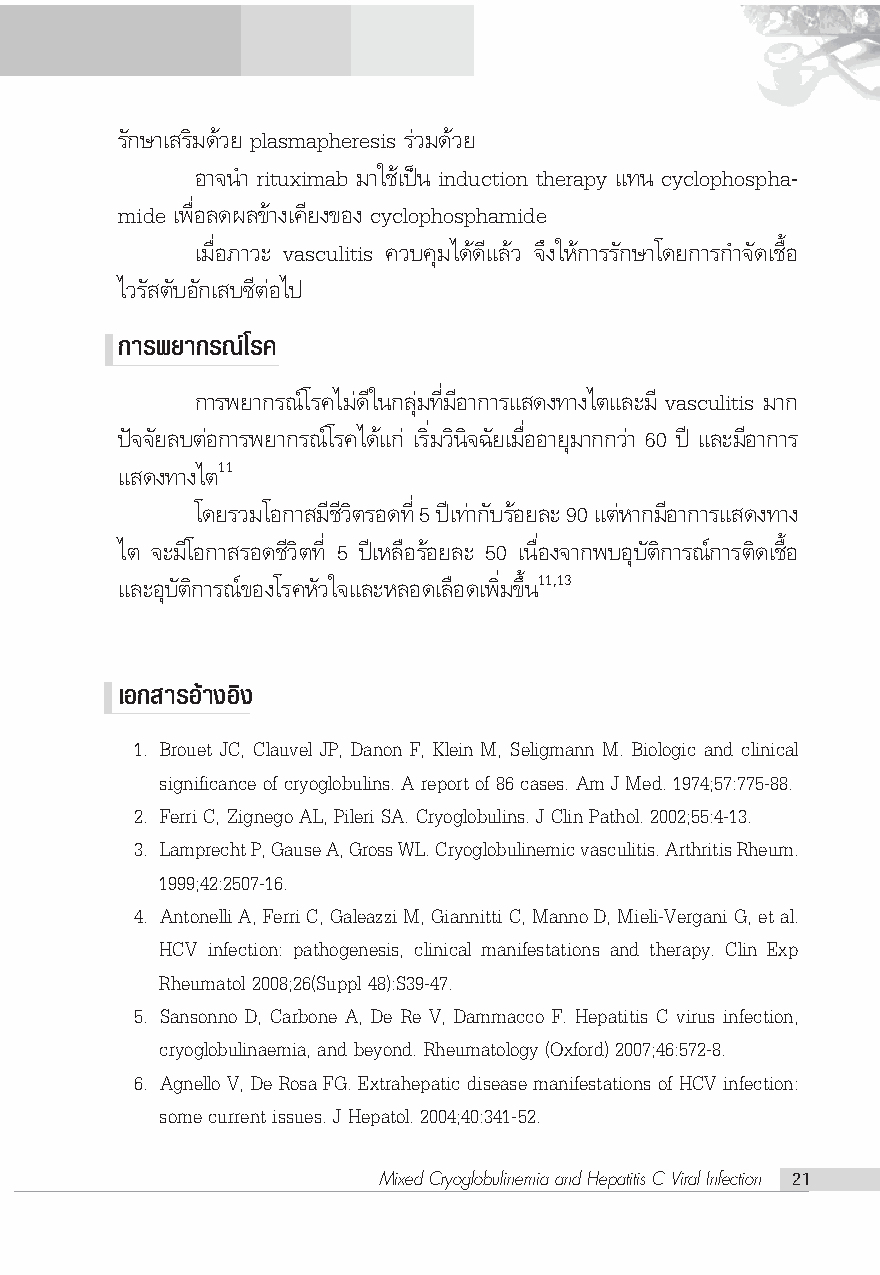
√—°…“‡ √‘¡¥â«¬ plasmapheresis √à«¡¥â«¬
 Õ“®π” rituximab ¡“„™â‡ªìπ induction therapy ·∑π cyclophospha-
 mide ‡æ◊ËÕ≈¥º≈¢â“ß‡§’¬ß¢Õß cyclophosphamide
 ‡¡◊ËÕ¿“«– vasculitis §«∫§ÿ¡‰¥â¥’·≈â« ®÷ß„Àâ°“√√—°…“‚¥¬°“√°”®—¥‡™◊ÈÕ
 ‰«√— μ—∫Õ—°‡ ∫´’μàÕ‰ª
 °“√æ¬“°√≥å‚√§
 °“√æ¬“°√≥å‚√§‰¡à¥’„π°≈ÿà¡∑’Ë¡’Õ“°“√· ¥ß∑“ß‰μ·≈–¡’ vasculitis ¡“°
 ªí®®—¬≈∫μàÕ°“√æ¬“°√≥å‚√§‰¥â·°à ‡√‘Ë¡«‘π‘®©—¬‡¡◊ËÕÕ“¬ÿ¡“°°«à“ 60 ªï ·≈–¡’Õ“°“√
 · ¥ß∑“ß‰μ11
 ‚¥¬√«¡‚Õ°“ ¡’™’«‘μ√Õ¥∑’Ë 5 ªï‡∑à“°—∫√âÕ¬≈– 90 ·μàÀ“°¡’Õ“°“√· ¥ß∑“ß
 ‰μ ®–¡’‚Õ°“ √Õ¥™’«‘μ∑’Ë 5 ªï‡À≈◊Õ√âÕ¬≈– 50 ‡π◊ËÕß®“°æ∫Õÿ∫—μ‘°“√≥å°“√μ‘¥‡™◊ÈÕ
 ·≈–Õÿ∫—μ‘°“√≥å¢Õß‚√§À—«„®·≈–À≈Õ¥‡≈◊Õ¥‡æ‘Ë¡¢÷Èπ11,13
 ‡Õ° “√Õ“â ßÕß‘
 1. Brouet JC, Clauvel JP, Danon F, Klein M, Seligmann M. Biologic and clinical
 significance of cryoglobulins. A report of 86 cases. Am J Med. 1974;57:775-88.
 2. Ferri C, Zignego AL, Pileri SA. Cryoglobulins. J Clin Pathol. 2002;55:4-13.
 3. Lamprecht P, Gause A, Gross WL. Cryoglobulinemic vasculitis. Arthritis Rheum.
 1999;42:2507-16.
 4. Antonelli A, Ferri C, Galeazzi M, Giannitti C, Manno D, Mieli-Vergani G, et al.
 HCV infection: pathogenesis, clinical manifestations and therapy. Clin Exp
 Rheumatol 2008;26(Suppl 48):S39-47.
 5. Sansonno D, Carbone A, De Re V, Dammacco F. Hepatitis C virus infection,
 cryoglobulinaemia, and beyond. Rheumatology (Oxford) 2007;46:572-8.
 6. Agnello V, De Rosa FG. Extrahepatic disease manifestations of HCV infection:
 some current issues. J Hepatol. 2004;40:341-52.
 Mixed Cryoglobulinemia and Hepatitis C Viral Infection 21